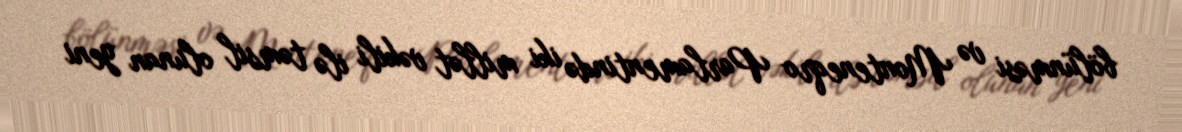
bölünməsi və Monteneqro Parlamentində iki millət vəkili ilə təmsil olunan yeni